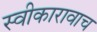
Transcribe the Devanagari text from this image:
स्वीकारावाच